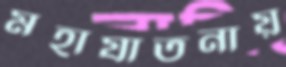
মহাযাতনায়